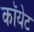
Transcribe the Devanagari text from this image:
कॉयेट